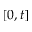
[ 0 , t ]